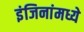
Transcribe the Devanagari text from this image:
इंजिनांमध्ये